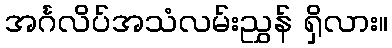
အင်္ဂလိပ်အသံလမ်းညွှန် ရှိလား။